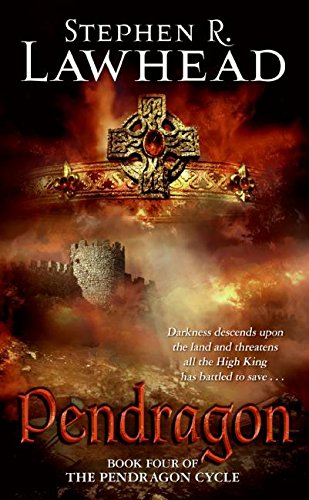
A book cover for Pendragon (The Pendragon Cycle, Book 4); Stephen R. Lawhead; Science Fiction & Fantasy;